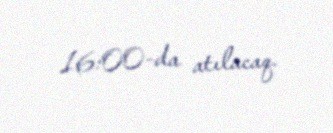
16:00-da atılacaq.